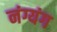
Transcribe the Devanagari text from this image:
नंग्यंग